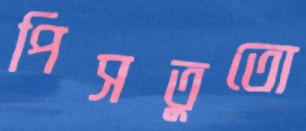
পিসতুতো